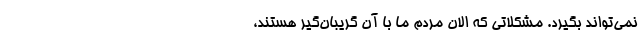
نمی‌تواند بگیرد. مشکلاتی که الان مردم ما با آن گریبان‌گیر هستند،